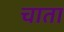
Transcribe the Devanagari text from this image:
चाता